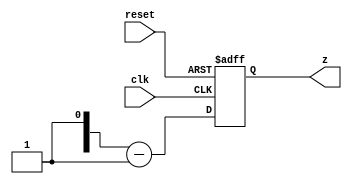
module dcntr4(
input clk,
input reset,
output reg [3:0] z
);


reg [3:0] i_tmp;


always @ (posedge clk, posedge reset) 
begin
    if(reset)
    z<=4'b0000;
    else
    z<=i_tmp-1;
end




endmodule



`timescale 1ns/1ps

module dcntr4_tb;
reg clk;
reg reset;
wire [3:0] z;

dcntr4 uut3(clk,reset,z);

always begin
    clk=~clk;
    #10;
end

initial begin
    clk<=0;
    reset<=1;
    #20;
    reset<=0;
    #20;
    #20;
    #20;
    #20;
    #20;
    #20;
    #20;
    $finish;
end

initial begin
$monitor("clk=%b reset=%b   -> %b \n",clk,reset,z);

end



endmodule